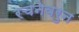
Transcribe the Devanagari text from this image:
रचनेवरुन